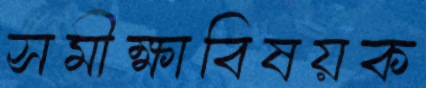
সমীক্ষাবিষয়ক